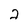
Character: 2